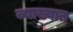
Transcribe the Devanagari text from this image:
व्याख्यात